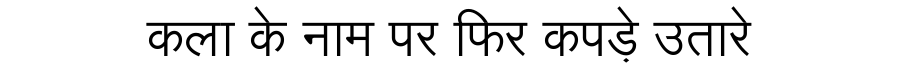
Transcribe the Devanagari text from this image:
कला के नाम पर फिर कपड़े उतारे